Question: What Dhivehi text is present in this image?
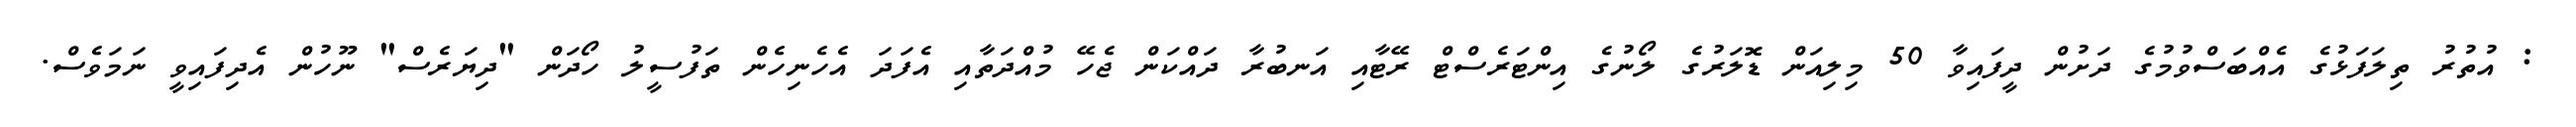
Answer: : އުތުރު ތިލަފަޅުގެ އެއްބަސްވުމުގެ ދަށުން ދީފައިވާ 50 މިލިއަން ޑޮލަރުގެ ލޯނުގެ އިންޓަރެސްޓް ރޭޓާއި އަނބުރާ ދައްކަން ޖެހޭ މުއްދަތާއި އެފަދަ އެހެނިހެން ތަފުސީލު ހޯދަން "ދިޔަރެސް" ނޫހުން އެދިފައިވީ ނަމަވެސް.